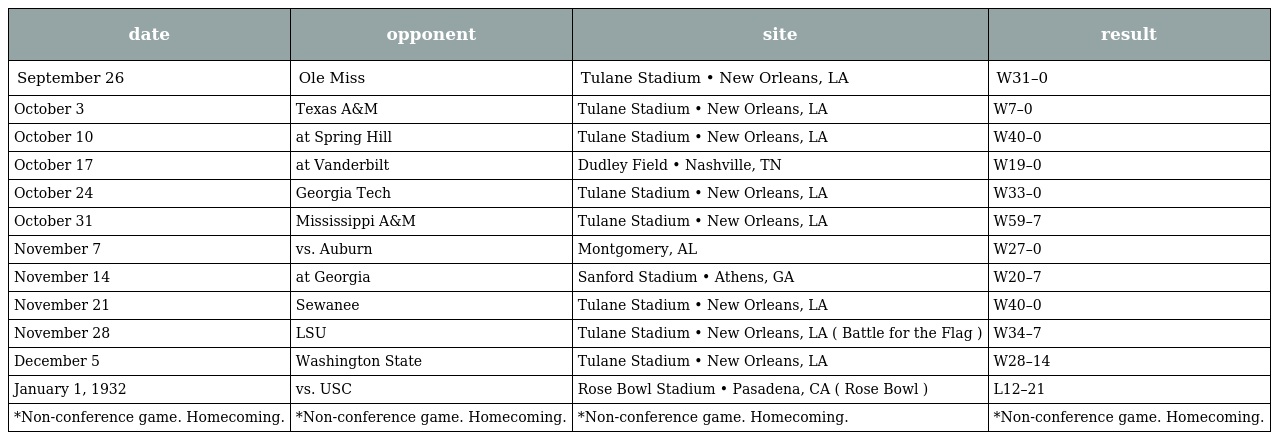
| date | opponent | site | result |
 | --- | --- | --- | --- |
 | September 26 | Ole Miss | Tulane Stadium • New Orleans, LA | W31–0 |
 | October 3 | Texas A&M | Tulane Stadium • New Orleans, LA | W7–0 |
 | October 10 | at Spring Hill | Tulane Stadium • New Orleans, LA | W40–0 |
 | October 17 | at Vanderbilt | Dudley Field • Nashville, TN | W19–0 |
 | October 24 | Georgia Tech | Tulane Stadium • New Orleans, LA | W33–0 |
 | October 31 | Mississippi A&M | Tulane Stadium • New Orleans, LA | W59–7 |
 | November 7 | vs. Auburn | Montgomery, AL | W27–0 |
 | November 14 | at Georgia | Sanford Stadium • Athens, GA | W20–7 |
 | November 21 | Sewanee | Tulane Stadium • New Orleans, LA | W40–0 |
 | November 28 | LSU | Tulane Stadium • New Orleans, LA ( Battle for the Flag ) | W34–7 |
 | December 5 | Washington State | Tulane Stadium • New Orleans, LA | W28–14 |
 | January 1, 1932 | vs. USC | Rose Bowl Stadium • Pasadena, CA ( Rose Bowl ) | L12–21 |
 | *Non-conference game. Homecoming. | *Non-conference game. Homecoming. | *Non-conference game. Homecoming. | *Non-conference game. Homecoming. |